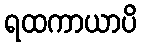
ရထကာယာပိ